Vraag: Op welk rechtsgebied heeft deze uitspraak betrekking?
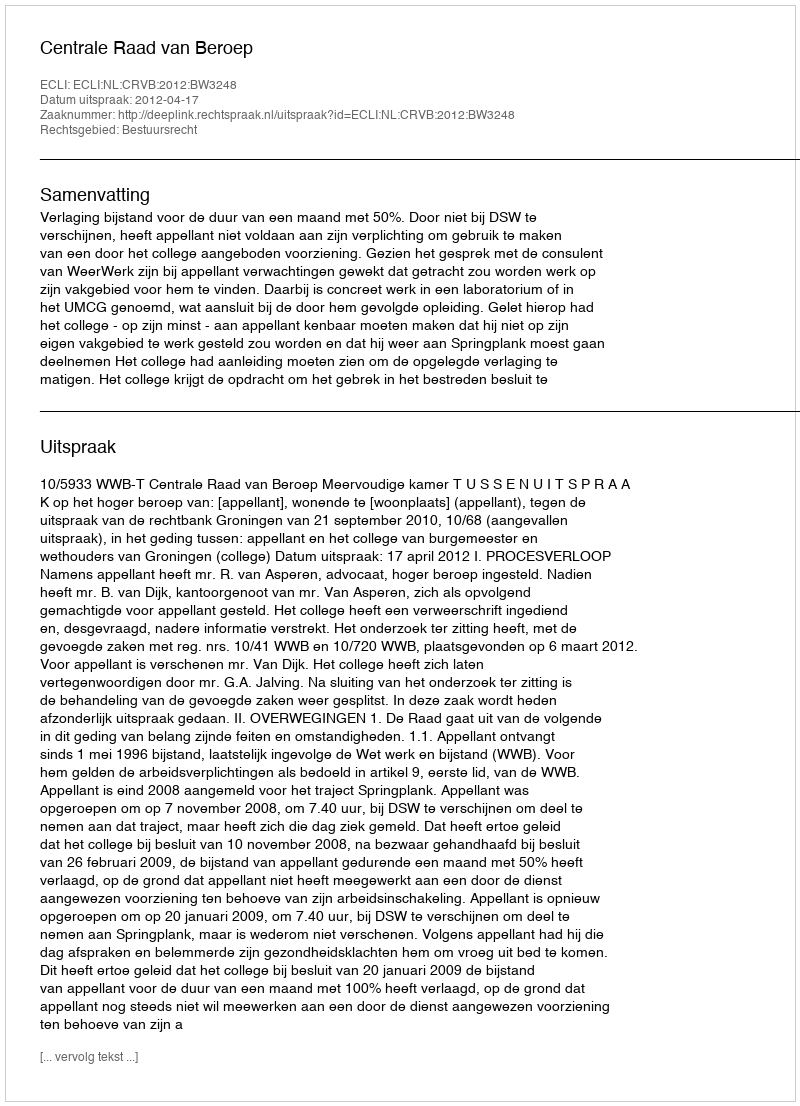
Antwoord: Bestuursrecht